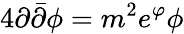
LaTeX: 4\partial\bar{\partial}\phi=m^{2}e^{\varphi}\phi